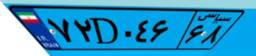
۳۷D۱۴۷۷۴